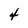
Character: 4